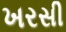
ખરસી